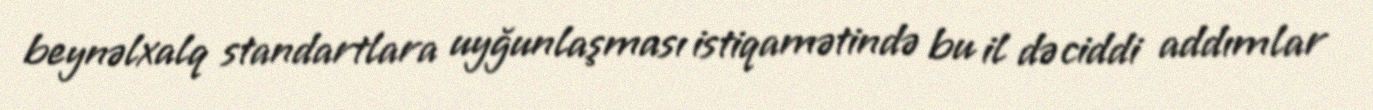
beynəlxalq standartlara uyğunlaşması istiqamətində bu il də ciddi addımlar